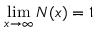
\operatorname* { l i m } _ { x \to \infty } N ( x ) = 1